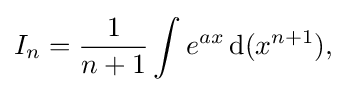
I_{n}={\frac {1}{n+1}}\int e^{ax}\,{\text{d}}(x^{n+1}),\!